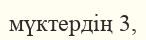
мүктердің 3,